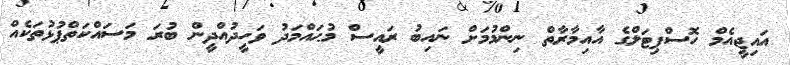
އައިޖީއެމް ހޮސްޕިޓަލްގެ އާއިމާރާތް ނިންމުމަށް ނައިބު ރައީސް މުޙައްމަދު ވަހީދުއްދީން ބުރަ މަސައްކަތްޕުޅުތަކެއް